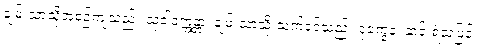
ချမ်းသာသို့အစဉ်ကျသည်။ သုခါဝက္ကန္တာ၊ ချမ်းသာသို့ သက်ဝင်သည်။ ဒုက္ခေန၊ ဆင်းရဲသဖြင့်။